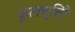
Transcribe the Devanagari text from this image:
कुलच्चिरै